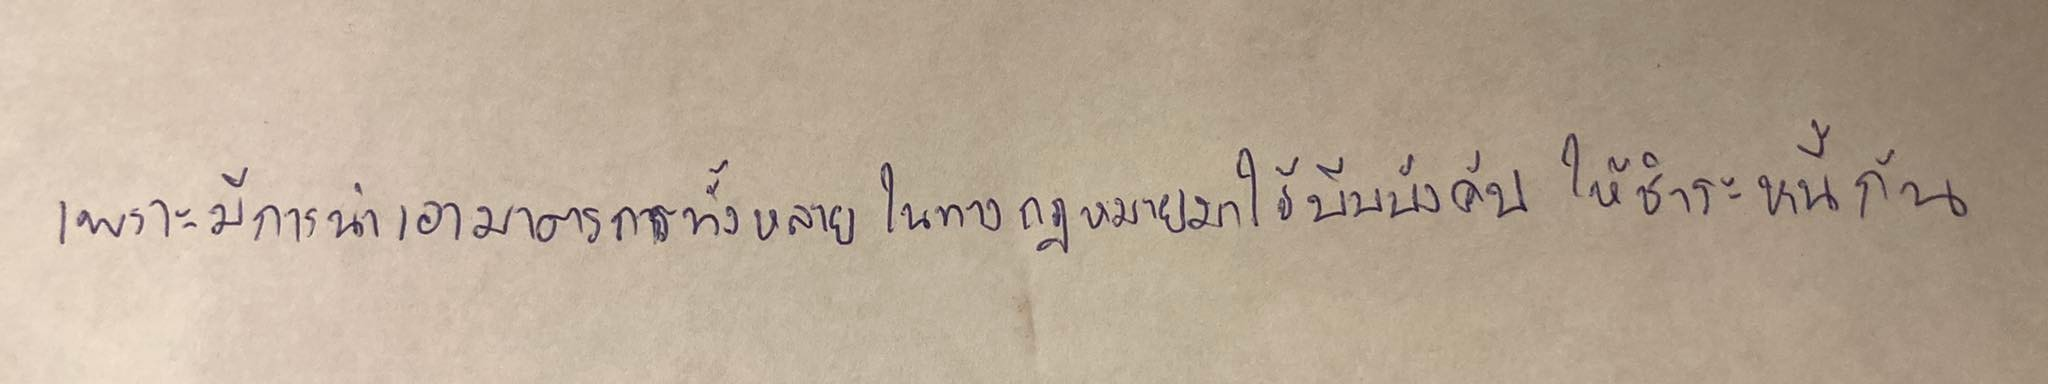
เพราะมีการนำเอามาตรการทั้งหลายในทางกฎหมายมาใช้บีบบังคับให้ชำระหนี้กัน